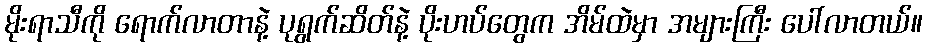
မိုးရာသီကို ရောက်လာတာနဲ့ ပုရွက်ဆိတ်နဲ့ ပိုးဟပ်တွေက အိမ်ထဲမှာ အများကြီး ပေါ်လာတယ်။